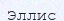
Эллис